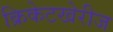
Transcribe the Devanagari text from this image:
क्रिकेटखेरीज